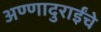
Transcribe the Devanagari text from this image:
अण्णादुराईंचे